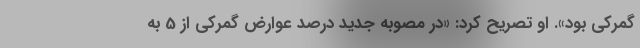
گمرکی بود». او تصریح کرد: «در مصوبه جدید درصد عوارض گمرکی از 5 به